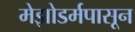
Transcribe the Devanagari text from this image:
मेझोडर्मपासून